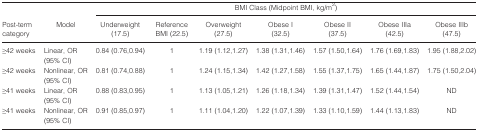
<table><thead><tr><td></td><td></td><td colspan="7"><b>BMI Class (Midpoint BMI, kg/m<sup>2</sup>)</b></td></tr><tr><td><b>Post‐term category</b></td><td><b>Model</b></td><td><b>Underweight(17.5)</b></td><td><b>Reference BMI (22.5)</b></td><td><b>Overweight(27.5)</b></td><td><b>Obese I(32.5)</b></td><td><b>Obese II(37.5)</b></td><td><b>Obese IIIa(42.5)</b></td><td><b>Obese IIIb(47.5)</b></td></tr></thead><tbody><tr><td>≥42 weeks</td><td>Linear, OR (95% CI)</td><td>0.84 (0.76,0.94)</td><td>1</td><td>1.19 (1.12,1.27)</td><td>1.38 (1.31,1.46)</td><td>1.57 (1.50,1.64)</td><td>1.76 (1.69,1.83)</td><td>1.95 (1.88,2.02)</td></tr><tr><td>≥42 weeks</td><td>Nonlinear, OR (95% CI)</td><td>0.81 (0.74,0.88)</td><td>1</td><td>1.24 (1.15,1.34)</td><td>1.42 (1.27,1.58)</td><td>1.55 (1.37,1.75)</td><td>1.65 (1.44,1.87)</td><td>1.75 (1.50,2.04)</td></tr><tr><td>≥41 weeks</td><td>Linear, OR (95% CI)</td><td>0.88 (0.83,0.95)</td><td>1</td><td>1.13 (1.05,1.21)</td><td>1.26 (1.18,1.34)</td><td>1.39 (1.31,1.47)</td><td>1.52 (1.44,1.54)</td><td>ND</td></tr><tr><td>≥41 weeks</td><td>Nonlinear, OR (95% CI)</td><td>0.91 (0.85,0.97)</td><td>1</td><td>1.11 (1.04,1.20)</td><td>1.22 (1.07,1.39)</td><td>1.33 (1.10,1.59)</td><td>1.44 (1.13,1.83)</td><td>ND</td></tr></tbody></table>